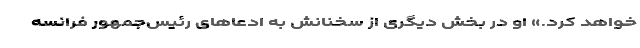
خواهد کرد.» او در بخش دیگری از سخنانش به ادعاهای رئیس‌جمهور فرانسه